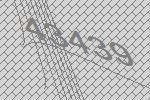
43439